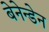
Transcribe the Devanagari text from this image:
बेनेन्डेन